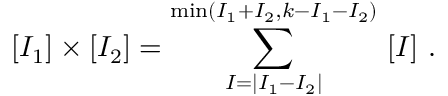
[ I _ { 1 } ] \times [ I _ { 2 } ] = \sum _ { I = | I _ { 1 } - I _ { 2 } | } ^ { \mathrm { m i n } ( I _ { 1 } + I _ { 2 } , k - I _ { 1 } - I _ { 2 } ) } \ [ I ] \ .